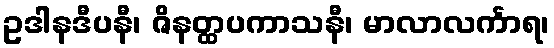
ဥဒါနဒီပနီ၊ ဇိနတ္ထပကာသနီ၊ မာလာလင်္ကာရ၊